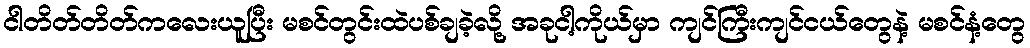
ငါတိတ်တိတ်ကလေးယူပြီး မစင်တွင်းထဲပစ်ချခဲ့လို့ အခုငါ့ကိုယ်မှာ ကျင်ကြီးကျင်ငယ်တွေနဲ့ မစင်နံ့တွေ